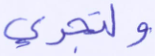
ولتجري